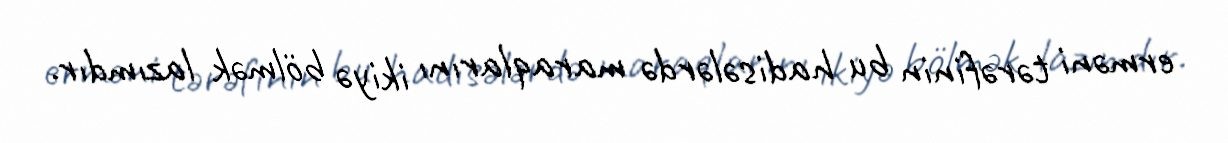
erməni tərəfinin bu hadisələrdə maraqlarını ikiyə bölmək lazımdır.